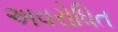
અવરોધિત